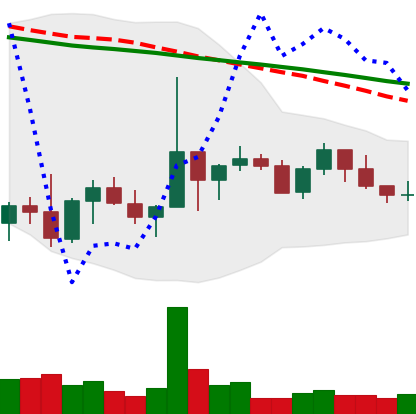
Ticker: NEO-USD
Chart end date: 2022-10-08
Forward return: -7.021%
Label: down_7plus